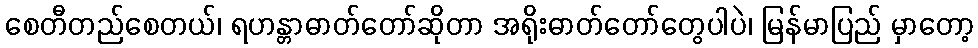
စေတီတည်စေတယ်၊ ရဟန္တာဓာတ်တော်ဆိုတာ အရိုးဓာတ်တော်တွေပါပဲ၊ မြန်မာပြည် မှာတော့